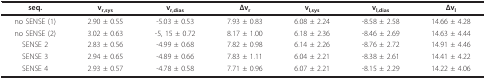
<table><thead><tr><td><b>seq.</b></td><td><b>v<sub>r,sys</sub></b></td><td><b>v<sub>r,dias</sub></b></td><td><b>Δv<sub>r</sub></b></td><td><b>v<sub>l,sys</sub></b></td><td><b>v<sub>l,dias</sub></b></td><td><b>Δv<sub>l</sub></b></td></tr></thead><tbody><tr><td>no SENSE (1)</td><td>2.90 ± 0.55</td><td>-5.03 ± 0.53</td><td>7.93 ± 0.83</td><td>6.08 ± 2.24</td><td>-8.58 ± 2.58</td><td>14.66 ± 4.28</td></tr><tr><td>no SENSE (2)</td><td>3.02 ± 0.63</td><td>-5, 15 ± 0.72</td><td>8.17 ± 1.00</td><td>6.18 ± 2.36</td><td>-8.46 ± 2.69</td><td>14.63 ± 4.44</td></tr><tr><td>SENSE 2</td><td>2.83 ± 0.56</td><td>-4.99 ± 0.68</td><td>7.82 ± 0.98</td><td>6.14 ± 2.26</td><td>-8.76 ± 2.72</td><td>14.91 ± 4.46</td></tr><tr><td>SENSE 3</td><td>2.94 ± 0.65</td><td>-4.89 ± 0.66</td><td>7.83 ± 1.11</td><td>6.04 ± 2.21</td><td>-8.38 ± 2.61</td><td>14.41 ± 4.22</td></tr><tr><td>SENSE 4</td><td>2.93 ± 0.57</td><td>-4.78 ± 0.58</td><td>7.71 ± 0.96</td><td>6.07 ± 2.21</td><td>-8.15 ± 2.29</td><td>14.22 ± 4.06</td></tr></tbody></table>